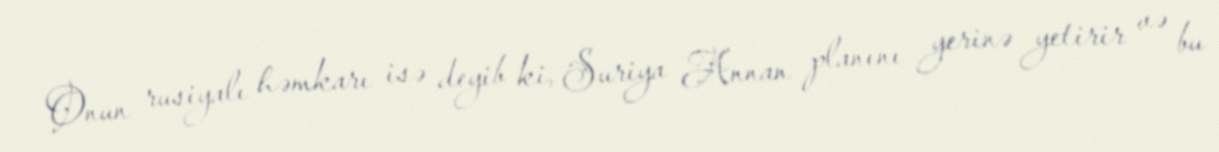
Onun rusiyalı həmkarı isə deyib ki, Suriya Annan planını yerinə yetirir və bu